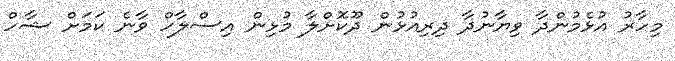
މިހާރު އުޅެމުންދާ ވިޔާނުދާ ދިރިއުޅުން ދޫކޮށްލާ މުޅިން އިސްލާހް ވާނެ ކަމަށް ޝާހް